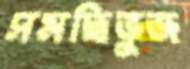
সমদ্বিভুজ